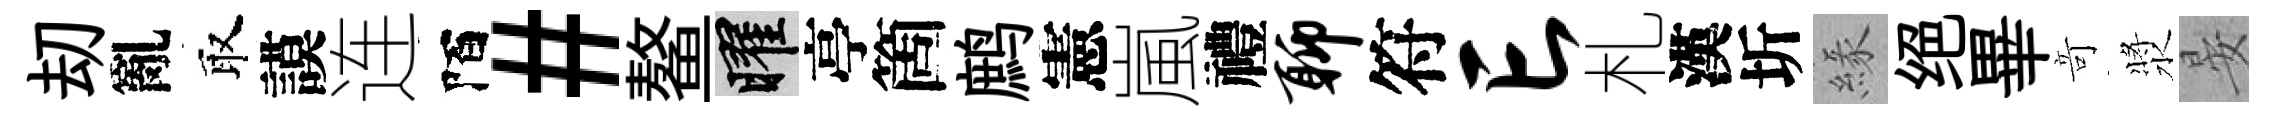
刧亂取謨连陌#鳌曜亭箇鹧憲嵐禮聊符亡札漢圻緣绝畢竒漿晏